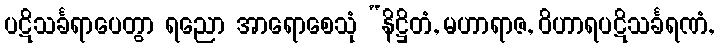
ပဋိသင်္ခရာပေတွာ ရညော အာရောစေသုံ “နိဋ္ဌိတံ, မဟာရာဇ, ဝိဟာရပဋိသင်္ခရဏံ,